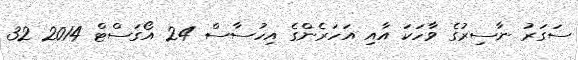
ސަގަރު ނާސިރުގެ ވާހަކަ އާއި އަހަރެންގެ އިހުސާސް 24 އޯގަސްޓް 2014 32